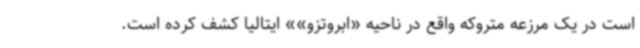
است در یک مرزعه متروکه واقع در ناحیه «ابروتزو»» ایتالیا کشف کرده است.